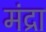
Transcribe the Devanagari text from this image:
मंद्रा